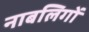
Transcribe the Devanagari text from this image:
नाबलिगों